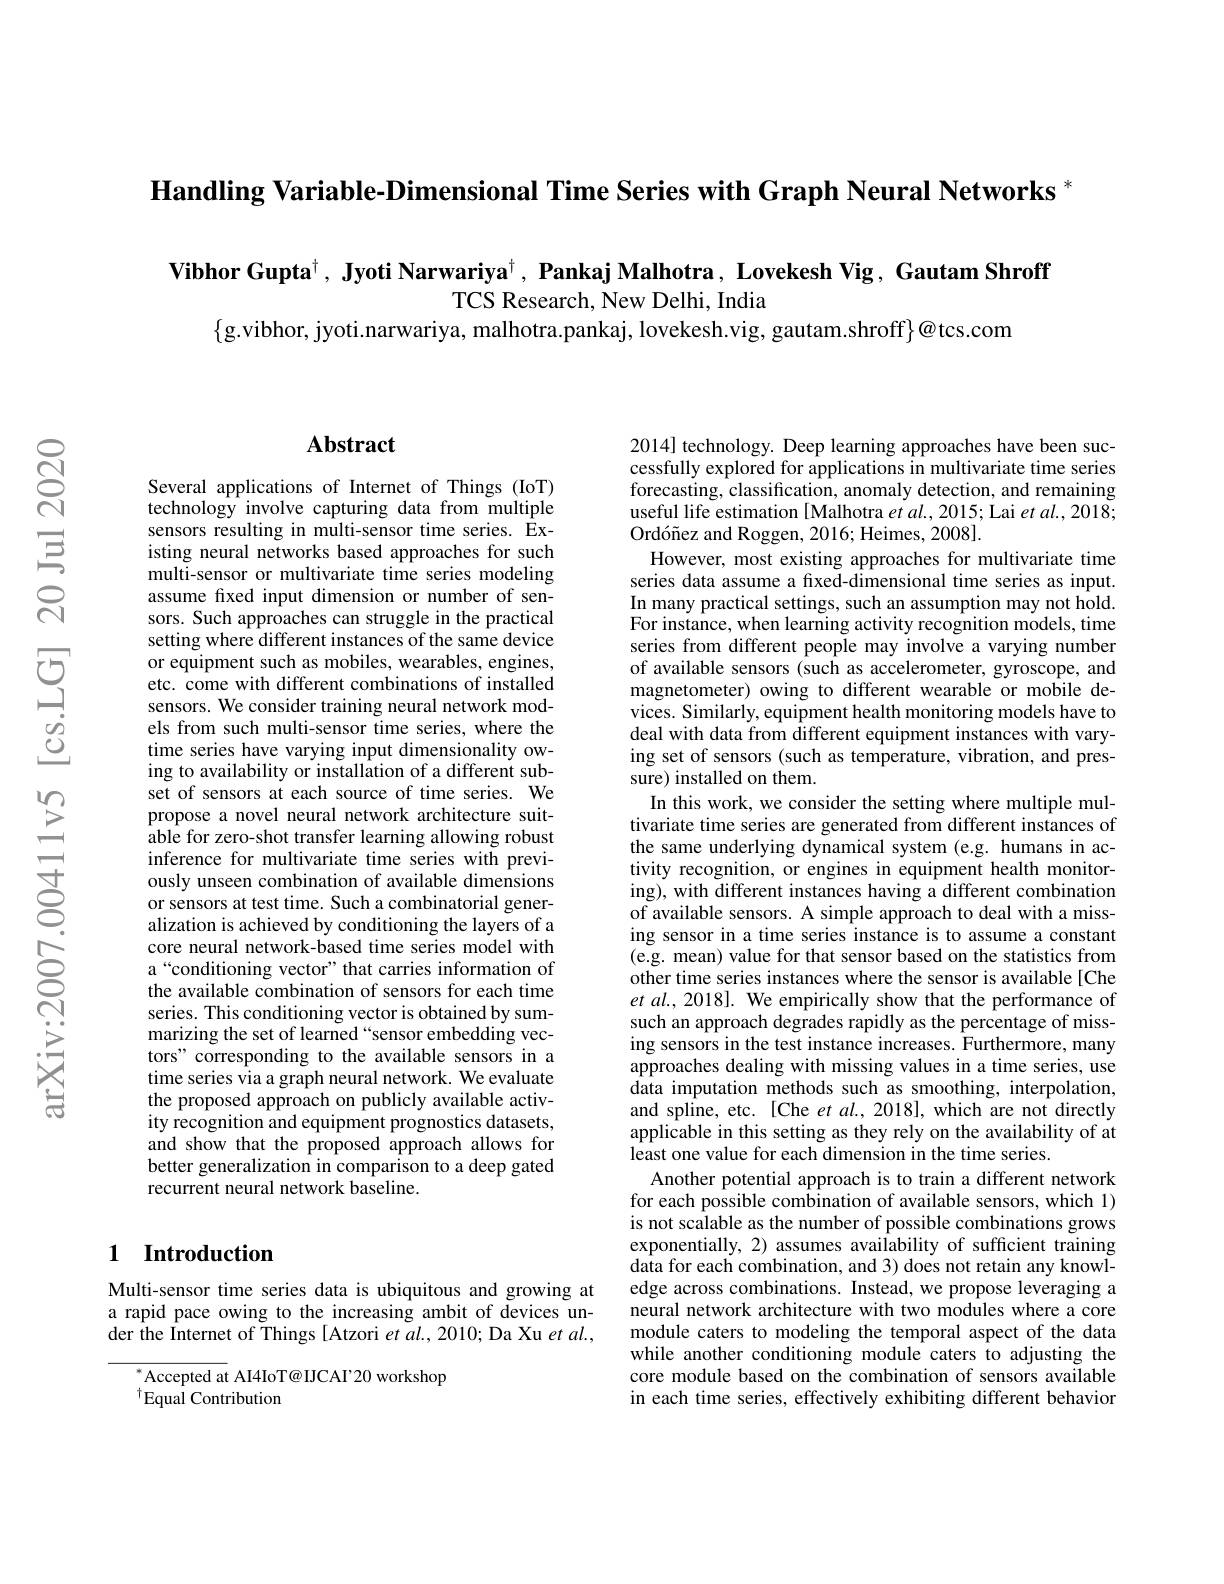
$\textbf{Handling Variable-Dimensional Time Series with Graph Neural Networks }^*$

$\textbf{Vibhor Gupta}^\dagger , \textbf{ Jyoti Narwariya}^\dagger , \textbf{ Pankaj Malhotra, Lovekesh Vig, Gautam Shroff}$
TCS Research, New Delhi, India
$\{$g.vibhor, jyoti.narwariya, malhotra.pankaj, lovekesh.vig, gautam.shroff}]@tcs.com

## Abstract

Several applications of Internet of Things (IoT) technology involve capturing data from multiple sensors resulting in multi-sensor time series. Existing neural networks based approaches for such multi-sensor or multivariate time series modeling assume fxed input dimension or number of sensors. Such approaches can struggle in the practical setting where different instances of the same device or equipment such as mobiles, wearables, engines, etc. come with different combinations of installed sensors. We consider training neural network models from such multi-sensor time series, where the time series have varying input dimensionality owing to availability or installation of a different subset of sensors at each source of time series. We propose a novel neural network architecture suitable for zero-shot transfer learning allowing robust inference for multivariate time series with previously unseen combination of available dimensions or sensors at test time. Such a combinatorial generalization is achieved by conditioning the layers of a core neural network-based time series model with a“conditioning vector”that carries information of the available combination of sensors for each time series. This conditioning vector is obtained by summarizing the set of learned “sensor embedding vectors" corresponding to the available sensors in a time series via a graph neural network. We evaluate the proposed approach on publicly available activity recognition and equipment prognostics datasets, and show that the proposed approach allows for better generalization in comparison to a deep gated recurrent neural network baseline.

## 1 Introduction

Multi-sensor time series data is ubiquitous and growing at a rapid pace owing to the increasing ambit of devices under the Internet of Things [Atzori et al., 2010; Da Xu $et\textit{al. , }$

${}^{*}$Accepted at AI4IoT@IICAI'20 workshop
$^{\dagger}$Equal Contribution

2014] technology. Deep learning approaches have been successfully explored for applications in multivariate time series forecasting, classification, anomaly detection, and remaining useful life estimation [Malhotra et al., 2015; Lai et al., 2018; Ord$\' {o}\~ {n}$ezandRoggen, 2016; Heimes, 2008] .
However, most existing approaches for multivariate time series data assume a fxed-dimensional time series as input. In many practical settings, such an assumption may not hold. For instance, when learning activity recognition models, time series from different people may involve a varying number of available sensors (such as accelerometer, gyroscope, and magnetometer) owing to different wearable or mobile devices. Similarly, equipment health monitoring models have to deal with data from different equipment instances with varying set of sensors (such as temperature, vibration, and pressure) installed on them.
In this work, we consider the setting where multiple multivariate time series are generated from different instances of the same underlying dynamical system (e.g. humans in activity recognition, or engines in equipment health monitoring), with different instances having a different combination of available sensors. A simple approach to deal with a missing sensor in a time series instance is to assume a constant (e.g. mean) value for that sensor based on the statistics from other time series instances where the sensor is available[Che et al., 2018]. We empirically show that the performance of such an approach degrades rapidly as the percentage of missing sensors in the test instance increases. Furthermore, many approaches dealing with missing values in a time series, use data imputation methods such as smoothing, interpolation, and spline, etc. [Che et al., 2018], which are not directly applicable in this setting as they rely on the availability of at least one value for each dimension in the time series.
Another potential approach is to train a different network for each possible combination of available sensors, which 1) is not scalable as the number of possible combinations grows exponentially, 2) assumes availability of sufficient training $\hat{\text{data for each combination, and 3) does not retain any knowl-}}$ edge across combinations. Instead, we propose leveraging a neural network architecture with two modules where a core module caters to modeling the temporal aspect of the data while another conditioning module caters to adjusting the core module based on the combination of sensors available in each time series, effectively exhibiting different behavior